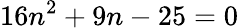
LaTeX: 16n^{2}+9n-25=0